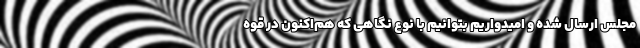
مجلس ارسال شده و امیدواریم بتوانیم با نوع نگاهی که هم‌اکنون در قوه